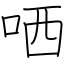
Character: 哂